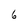
Character: 6